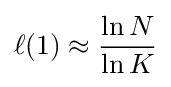
\ell (1)\approx {\frac {\ln N}{\ln K}}